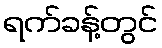
ရက်ခန့်တွင်